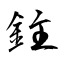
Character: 鉒